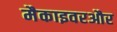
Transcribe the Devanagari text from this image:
मैकाइवरऔर